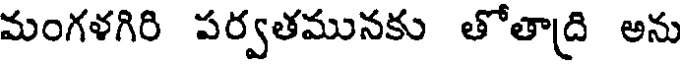
మంగళగిరి పర్వతమునకు తోతాద్రి అను